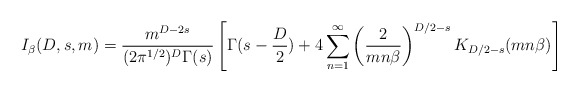
\begin{align*}I_{\beta}(D,s,m)= \frac{m^{D-2s}}{(2\pi^{1/2})^D\Gamma(s)} \left[\Gamma(s-\frac{D}{2}) + 4 \sum_{n=1}^{\infty} \left( \frac{2}{mn\beta} \right)^{D/2-s} K_{D/2-s}(mn\beta) \right]\end{align*}